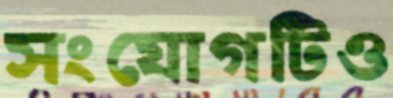
সংযোগটিও